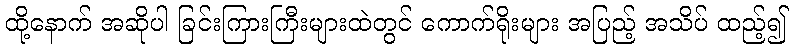
ထို့နောက် အဆိုပါ ခြင်းကြားကြီးများထဲတွင် ကောက်ရိုးများ အပြည့် အသိပ် ထည့်၍